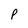
Character: P